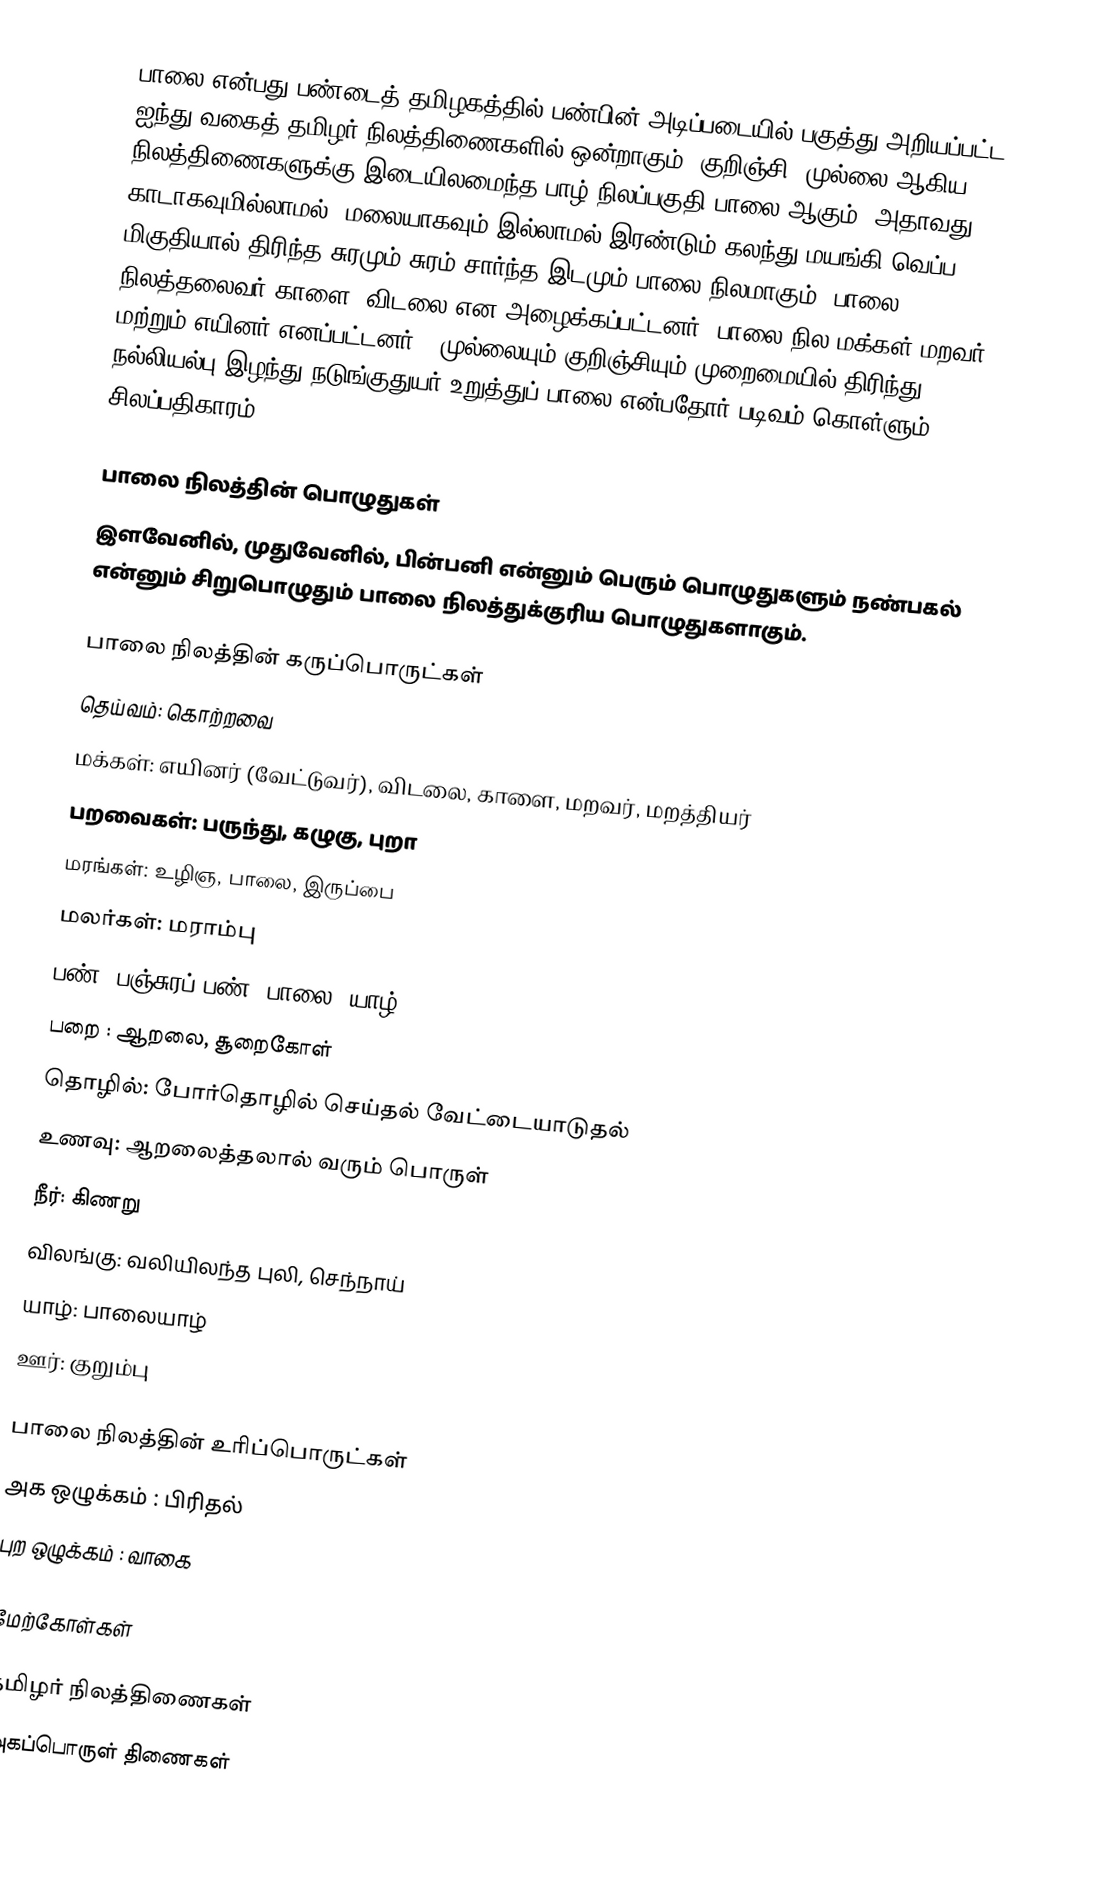
பாலை என்பது பண்டைத் தமிழகத்தில் பண்பின் அடிப்படையில் பகுத்து அறியப்பட்ட ஐந்து வகைத் தமிழர் நிலத்திணைகளில் ஒன்றாகும். குறிஞ்சி, முல்லை ஆகிய நிலத்திணைகளுக்கு இடையிலமைந்த பாழ் நிலப்பகுதி பாலை ஆகும். அதாவது காடாகவுமில்லாமல், மலையாகவும் இல்லாமல் இரண்டும் கலந்து மயங்கி வெப்ப மிகுதியால் திரிந்த சுரமும் சுரம் சார்ந்த இடமும் பாலை நிலமாகும். பாலை நிலத்தலைவர் காளை, விடலை என அழைக்கப்பட்டனர். பாலை நில மக்கள் மறவர் மற்றும் எயினர் எனப்பட்டனர். "முல்லையும் குறிஞ்சியும் முறைமையில் திரிந்து நல்லியல்பு இழந்து நடுங்குதுயர் உறுத்துப் பாலை என்பதோர் படிவம் கொள்ளும்" - சிலப்பதிகாரம்.

பாலை நிலத்தின் பொழுதுகள்
இளவேனில், முதுவேனில், பின்பனி என்னும் பெரும் பொழுதுகளும் நண்பகல் என்னும் சிறுபொழுதும் பாலை நிலத்துக்குரிய பொழுதுகளாகும்.

பாலை நிலத்தின் கருப்பொருட்கள்
 தெய்வம்: கொற்றவை
 மக்கள்: எயினர் (வேட்டுவர்), விடலை, காளை, மறவர், மறத்தியர்
 பறவைகள்: பருந்து, கழுகு, புறா
 மரங்கள்: உழிஞ, பாலை, இருப்பை
 மலர்கள்: மராம்பு
 பண்: பஞ்சுரப் பண் (பாலை) யாழ்
 பறை : ஆறலை, சூறைகோள்
 தொழில்: போர்தொழில் செய்தல்  வேட்டையாடுதல்
 உணவு: ஆறலைத்தலால் வரும் பொருள்
 நீர்: கிணறு
 விலங்கு: வலியிலந்த புலி, செந்நாய்
 யாழ்: பாலையாழ்
 ஊர்: குறும்பு

பாலை நிலத்தின் உரிப்பொருட்கள்
 அக ஒழுக்கம் : பிரிதல்
 புற ஒழுக்கம் : வாகை

மேற்கோள்கள்

தமிழர் நிலத்திணைகள்
அகப்பொருள் திணைகள்